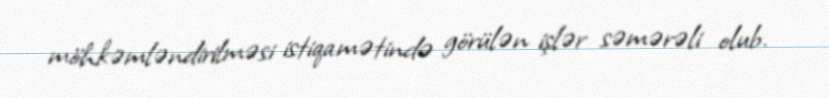
möhkəmləndirilməsi istiqamətində görülən işlər səmərəli olub.